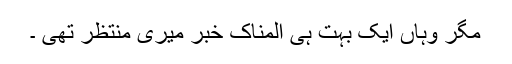
مگر وہاں ایک بہت ہی المناک خبر میری منتظر تھی ۔